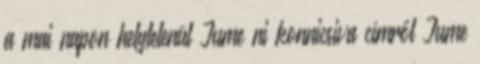
a mai napon helytelenül Jume ni konnicsiva címről Jume